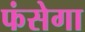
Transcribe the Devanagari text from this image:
फंसेगा